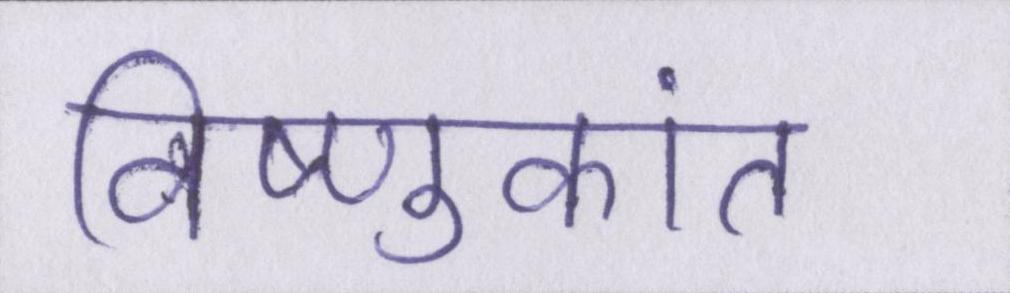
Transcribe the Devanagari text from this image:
विष्णुकांत